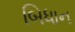
બિધાન